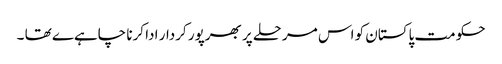
حکومت پاکستان کو اس مرحلے پر بھرپور کردار ادا کرنا چاہےے تھا ۔